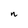
Character: n